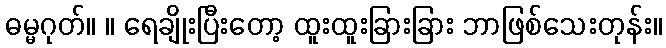
ဓမ္မဂုတ်။ ။ ရေချိုးပြီးတော့ ထူးထူးခြားခြား ဘာဖြစ်သေးတုန်း။